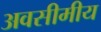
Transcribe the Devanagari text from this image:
अवसीमीय